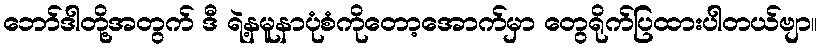
ဘော်ဒါတို့အတွက် ဒီ ရဲ့နမူနာပုံစံကိုတော့အောက်မှာ တွေရိုက်ပြထားပါတယ်ဗျာ။